Report of the Indian Hemp Drugs Commission, 1894-1895 - Volume VII
Year: 1894
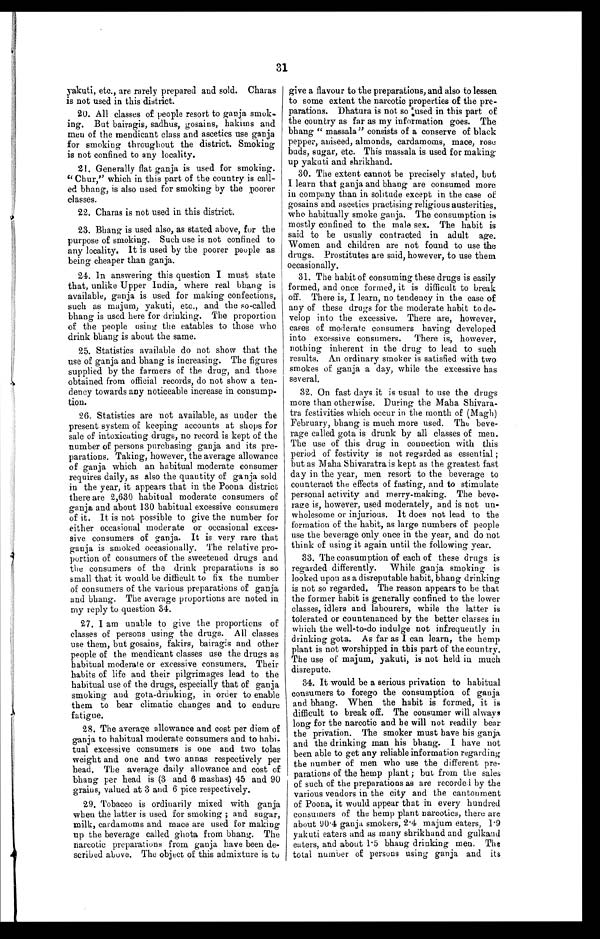
31
yakuti, etc., are rarely prepared and sold. Charas
is not used in this district.
20.All classes of people resort to ganja smok
-
ing. But bairagis, sadhus, gosains, hakims and
men of the mendicant class and ascetics use ganja
for smoking throughout the district. Smoking
is not confined to any locality.
21.Generally flat ganja is used for smoking.
"Chur," which in this part of the country is call
-
ed bhang, is also used for smoking by the poorer
classes.
22.Charas is not used in this district.
23.Bhang is used also, as stated above, for the
purpose of smoking. Such use is not confined to
any locality. It is used by the poorer people as
being cheaper than ganja.
24. In answering this question I must state
that, unlike Upper India, where real bhang is
available, ganja is used for making confections,
such as majum, yakuti, etc., and the so-called
bhang is used here for drinking. The proportion
of the people using the eatables to those who
drink bhang is about the same.
25.Statistics available do not show that the
use of ganja and bhang is increasing. The figures
supplied by the farmers of the drug, and those
obtained from official records, do not show a ten
-
dency towards any noticeable increase in consump
- tion.
26.Statistics are not available, as under the
present system of keeping accounts at shops for
sale of intoxicating drugs, no record is kept of the
number of persons purchasing ganja and its pre
-
parations. Taking, however, the average allowance
of ganja which an habitual moderate consumer
requires daily, as also the quantity of ganja sold
in the year, it appears that in the Poona district
there are 2,630 habitual moderate consumers of
ganja and about 130 habitual excessive consumers
of it. It is not possible to give the number for
either occasional moderate or occasional exces
-
sive consumers of ganja. It is very rare that
ganja is smoked occasionally. The relative pro
-
portion of consumers of the sweetened drugs and
the consumers of the drink preparations is so
small that it would be difficult to fix the number
of consumers of the various preparations of ganja
and bhang. The average proportions are noted in
my reply to question 34.
27.I am unable to give the proportions of
classes of persons using the drugs. All classes
use them, but gosains, fakirs, bairagis and other
people of the mendicant classes use the drugs as
habitual moderate or excessive consumers. Their
habits of life and their pilgrimages lead to the
habitual use of the drugs, especially that of ganja
smoking and gota-drinking, in order to enable
them to bear climatic changes and to endure
fatigue.
28.The average allowance and cost per diem of
ganja to habitual moderate consumers and to habi
-
t u a l e x c e s s i v e c o n s u m e r s i s o n e a n d t w o t o l a s
weight and one and two annas respectively per
head. The average daily allowance and cost of
bhang per head is (3 and 6 mashas) 45 and 90
grains, valued at 3 and 6 pice respectively.
29.Tobacco is ordinarily mixed with ganja
when the latter is used for smoking; and sugar,
milk, cardamoms and mace are used for making
up the beverage called ghota from bhang. The
narcotic preparations from ganja have been de
-
scribed above. The object of this admixture is to
give a flavour to the preparations, and also to lessen
to some extent the narcotic properties of the pre
-
parations. Dhatura is not so used in this part of
the country as far as my information goes. The
bhang "massala" consists of a conserve of black
pepper, aniseed, almonds, cardamoms, mace, rose
buds, sugar, etc. This massala is used for making
up yakuti and shrikhand.
30.The extent cannot be precisely stated, but
I learn that ganja and bhang are consumed more
in company than in solitude except in the case of
gosains and ascetics practising religious austerities,
who habitually smoke ganja. The consumption is
mostly confined to the male sex. The habit is
said to be usually contracted in adult age.
Women and children are not found to use the
drugs. Prostitutes are said, however, to use them
occasionally.
31.The habit of consuming these drugs is easily
formed, and once formed, it is difficult to break
off. There is, I learn, no tendency in the case of
any of these drugs for the moderate habit to de
- velop into the excessive. There are, however,
cases of moderate consumers having developed
into excessive consumers. There is, however,
nothing inherent in the drug to lead to such
results. An ordinary smoker is satisfied with two
smokes of ganja a day, while the excessive has
several.
32.On fast days it is usual to use the drugs
more than otherwise. During the Maha Shivara
-
tra festivities which occur in the month of (Magh)
February, bhang is much more used. The beve
-
rage called gota is drunk by all classes of men.
The use of this drug in connection with this
period of festivity is not regarded as essential;
but as Maha Shivaratra is kept as the greatest fast
day in the year, men resort to the beverage to
counteract the effects of fasting, and to stimulate
personal activity and merry-making. The beve
-
rage is, however, used moderately, and is not un
-
wholesome or injurious. It does not lead to the
formation of the habit, as large numbers of people
use the beverage only once in the year, and do not
think of using it again until the following year.
33.The consumption of each of these drugs is
regarded differently. While ganja smoking is
looked upon as a disreputable habit, bhang drinking
is not so regarded. The reason appears to be that
the former habit is generally confined to the lower
classes, idlers and labourers, while the latter is
tolerated or countenanced by the better classes in
which the well-to-do indulge not infrequently in
drinking gota. As far as I can learn, the hemp
plant is not worshipped in this part of the country.
The use of majum, yakuti, is not held in much
disrepute.
34.It would be a serious privation to habitual
consumers to forego the consumption of ganja
and bhang. When the habit is formed, it is
difficult to break off. The consumer will always
long for the narcotic and he will not readily bear
the privation. The smoker must have his ganja
and the drinking man his bhang. I have not
been able to get any reliable information regarding
the number of men who use the different pre
-
parations of the hemp plant; but from the sales
of such of the preparations as are recorded by the
various vendors in the city and the cantonment
of Poona, it would appear that in every hundred
consumers of the hemp plant narcotics, there are
about 90.4 ganja smokers, 2.4 majum eaters, l.9
yakuti eaters and as many shrikhand and gulkand
eaters, and about 1.5 bhang drinking men. The
total number of persons using ganja and its